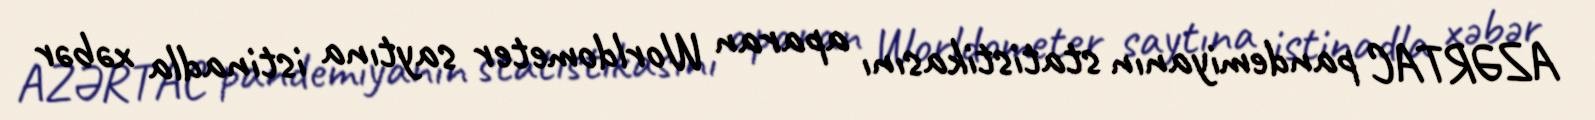
AZƏRTAC pandemiyanın statistikasını aparan Worldometer saytına istinadla xəbər